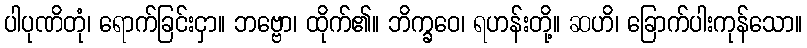
ပါပုဏိတုံ၊ ရောက်ခြင်းငှာ။ ဘဗ္ဗော၊ ထိုက်၏။ ဘိက္ခဝေ၊ ရဟန်းတို့။ ဆဟိ၊ ခြောက်ပါးကုန်သော။